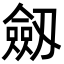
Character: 劔